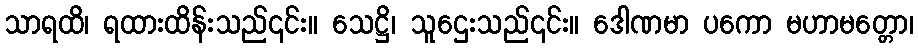
သာရထိ၊ ရထားထိန်းသည်၎င်း။ သေဋ္ဌိ၊ သူဌေးသည်၎င်း။ ဒေါဏမာ ပကော မဟာမတ္တော၊